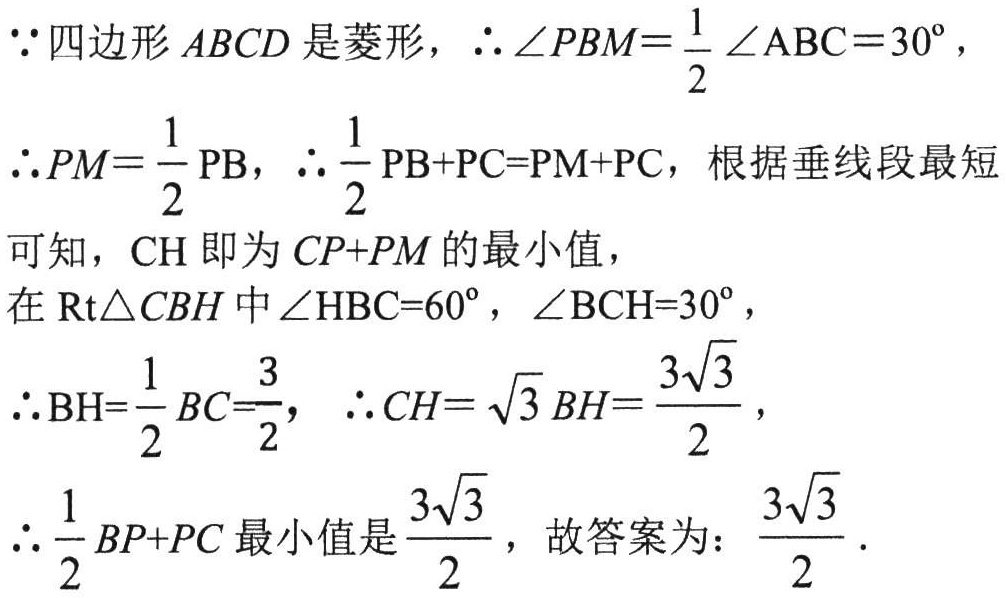
\(\because\)四边形\(ABCD\)是菱形，\(\therefore \angle PBM = \frac{1}{2}\angle ABC = 30^{\circ}\)，
\(\therefore PM=\frac{1}{2}PB\)，\(\therefore \frac{1}{2}PB + PC = PM + PC\)，根据垂线段最短
可知，\(CH\)即为\(CP + PM\)的最小值，
在\(\text{Rt}\triangle CBH\)中\(\angle HBC = 60^{\circ}\)，\(\angle BCH = 30^{\circ}\)，
\(\therefore BH = \frac{1}{2}BC=\frac{3}{2}\)，\(\therefore CH = \sqrt{3}BH=\frac{3\sqrt{3}}{2}\)，
\(\therefore \frac{1}{2}BP + PC\)最小值是\(\frac{3\sqrt{3}}{2}\)，故答案为：\(\frac{3\sqrt{3}}{2}\).